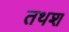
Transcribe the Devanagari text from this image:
तथश